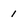
Character: 1